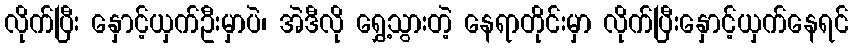
လိုက်ပြီး နှောင့်ယှက်ဦးမှာပဲ၊ အဲဒီလို ရွှေ့သွားတဲ့ နေရာတိုင်းမှာ လိုက်ပြီးနှောင့်ယှက်နေရင်